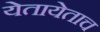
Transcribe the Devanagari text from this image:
येतायेताच